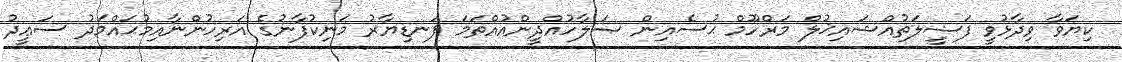
ކިޔަވާ ވިދާޅުވީ ފަޟީލަތުއްޝައިޚުލް މަރްހޫމް ޙުސެއިން ޞަލާހުއްދީންއުއްތަމަ ފަނޑިޔާރު މަނިކުފާނުގެ އަރިހުންނާއިމުޙައްމަދު ސަޢީދު